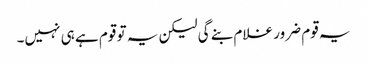
یہ قوم ضرور غلام بنے گی لیکن یہ تو قوم ہے ہی نہیں۔